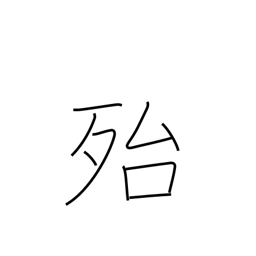
Meaning: really